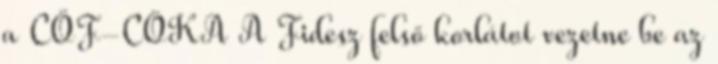
a CÖF-CÖKA A Fidesz felső korlátot vezetne be az